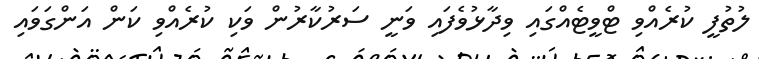
ލުތުފީ ކުރެއްވި ޓްވީޓެއްގައި ވިދާޅުވެފަައި ވަނީ ސަރުކާރުން ވަކި ކުރެއްވި ކަން އަންގަވައި